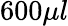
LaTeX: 600\mu l